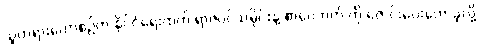
သူတရားဟောစဉ်က နိုင်ငံရေးထက် ရာဇဝင်သမိုင်းနဲ့ စာပေဘက် ကို ဇောင်းပေးဟောခဲ့လို့